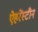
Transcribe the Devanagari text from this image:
ऐहरेंस्टीन